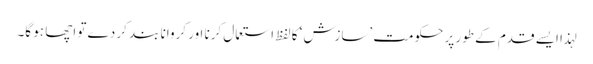
لہذا ایسے قدم کے طور پر حکومت ’سازش‘ کا لفظ استعمال کرنا اور کروانا بند کر دے تو اچھا ہو گا۔